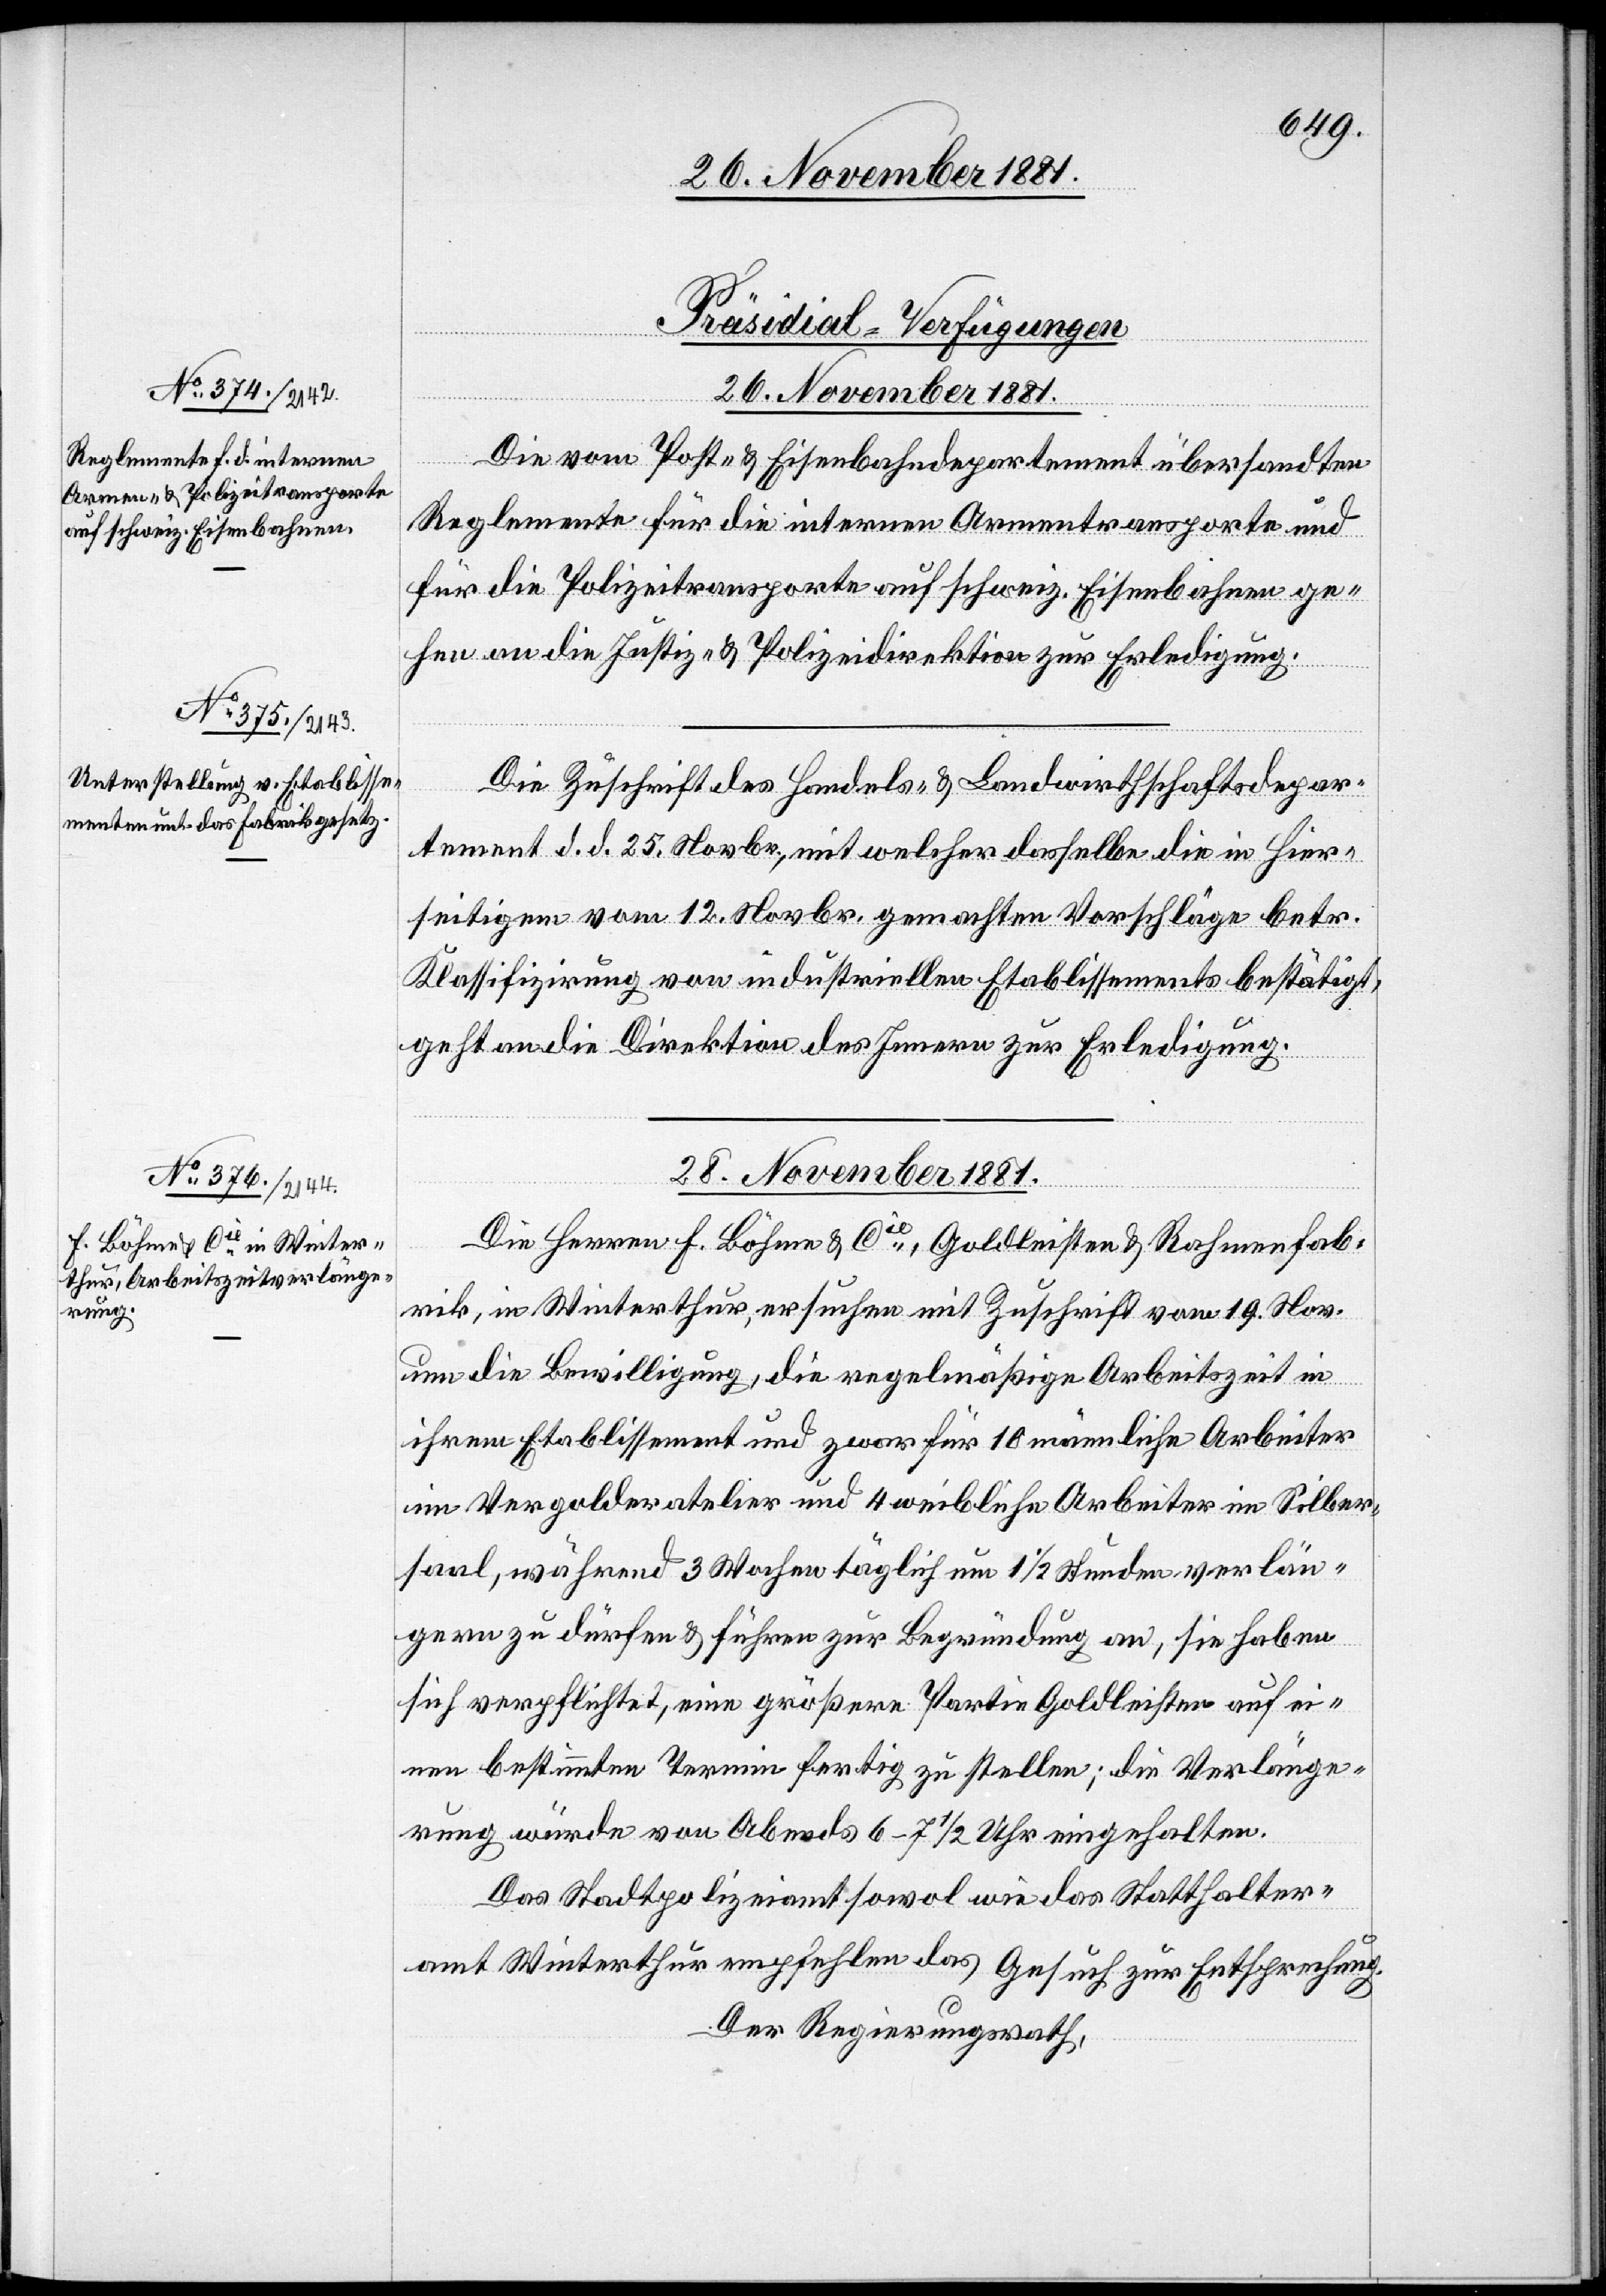
[Präsidial-Verfügungen]
26. November 1881.]
Die vom Post- & Eisenbahndepartement übersandten
Reglemente für die internen Armentransporte und
für die Polizeitransporte auf schweiz. Eisenbahnen ge¬
hen an die Justiz- & Polizeidirektion zur Erledigung.
Die Zuschrift des Handels- & Landwirthschaftsdepar¬
tement d. d. 25. Novbr., mit welcher dasselbe die in hier¬
seitigem [sic!] vom 12. Novbr. gemachten Vorschläge betr.
Klassifizirung von industriellen Etablissements bestätigt,
geht an die Direktion des Innern zur Erledigung.
28. November 1881.
Die Herren F. Böhme & Cie, Goldleisten[-] & Rahmenfab¬
rik, in Winterthur, ersuchen mit Zuschrift vom 19. Nov.
um die Bewilligung, die regelmäßige Arbeitszeit in
ihrem Etablissement und zwar für 10 männliche Arbeiter
im Vergolderatelier und 4 weibliche Arbeiter im Silber¬
saal, während 3 Monaten täglich um 1 1/2 Stunden verlän¬
gern zu dürfen & führen zur Begründung an, sie haben
sich verpflichtet, eine größere Partie Goldleisten auf ei¬
nen bestimmten Termin fertig zu stellen; die Verlänge¬
rung würde von Abends 6–7 1/2 Uhr eingehalten.
Das Stadtpolizeiamt sowol wie das Statthalter¬
amt Winterthur empfehlen das Gesuch zur Entsprechung.
Der Regierungsrath,